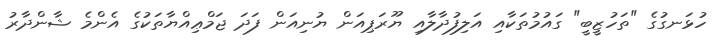
ހުޅަނގުގެ "ތަހުޒީބީ" ގައުމުތަކާއި އަލިފުދާލާއި ޔޫރަޕިއަން ޔުނިއަން ފަދަ ޖަމްޢިއްޔާތަކުގެ އެންމެ ޝާންދާރު